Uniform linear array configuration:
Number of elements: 8
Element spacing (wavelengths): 0.75
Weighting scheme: cosine
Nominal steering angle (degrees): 45
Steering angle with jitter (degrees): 46.539
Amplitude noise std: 0.05
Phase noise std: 0.05

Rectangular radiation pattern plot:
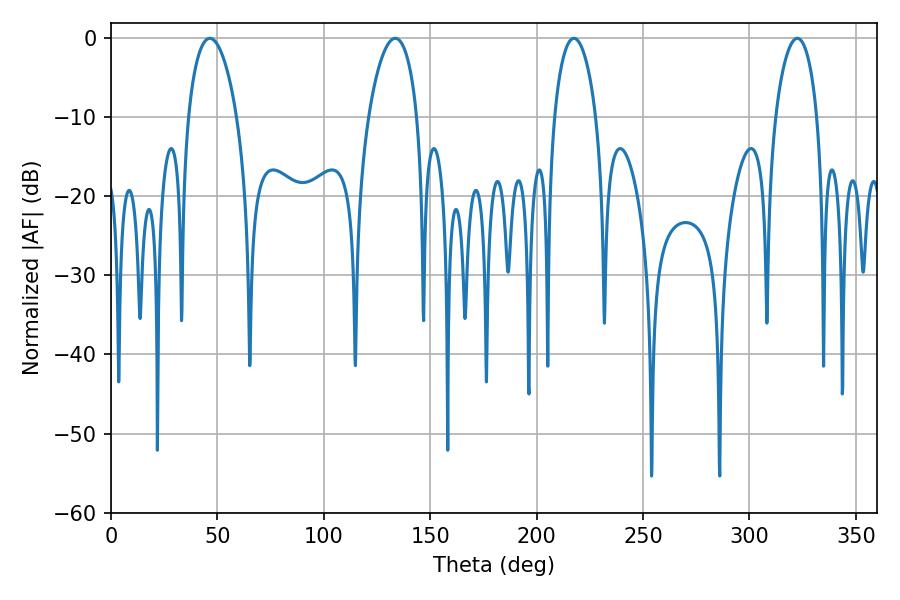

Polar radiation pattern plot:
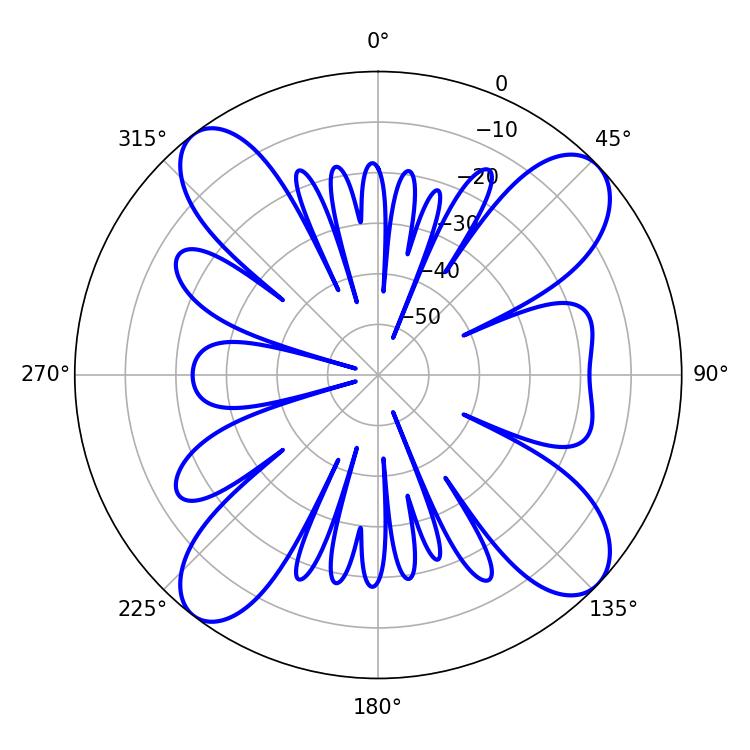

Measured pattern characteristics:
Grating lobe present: TRUE
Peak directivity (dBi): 13.054
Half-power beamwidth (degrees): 12.96
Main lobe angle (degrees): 46.44